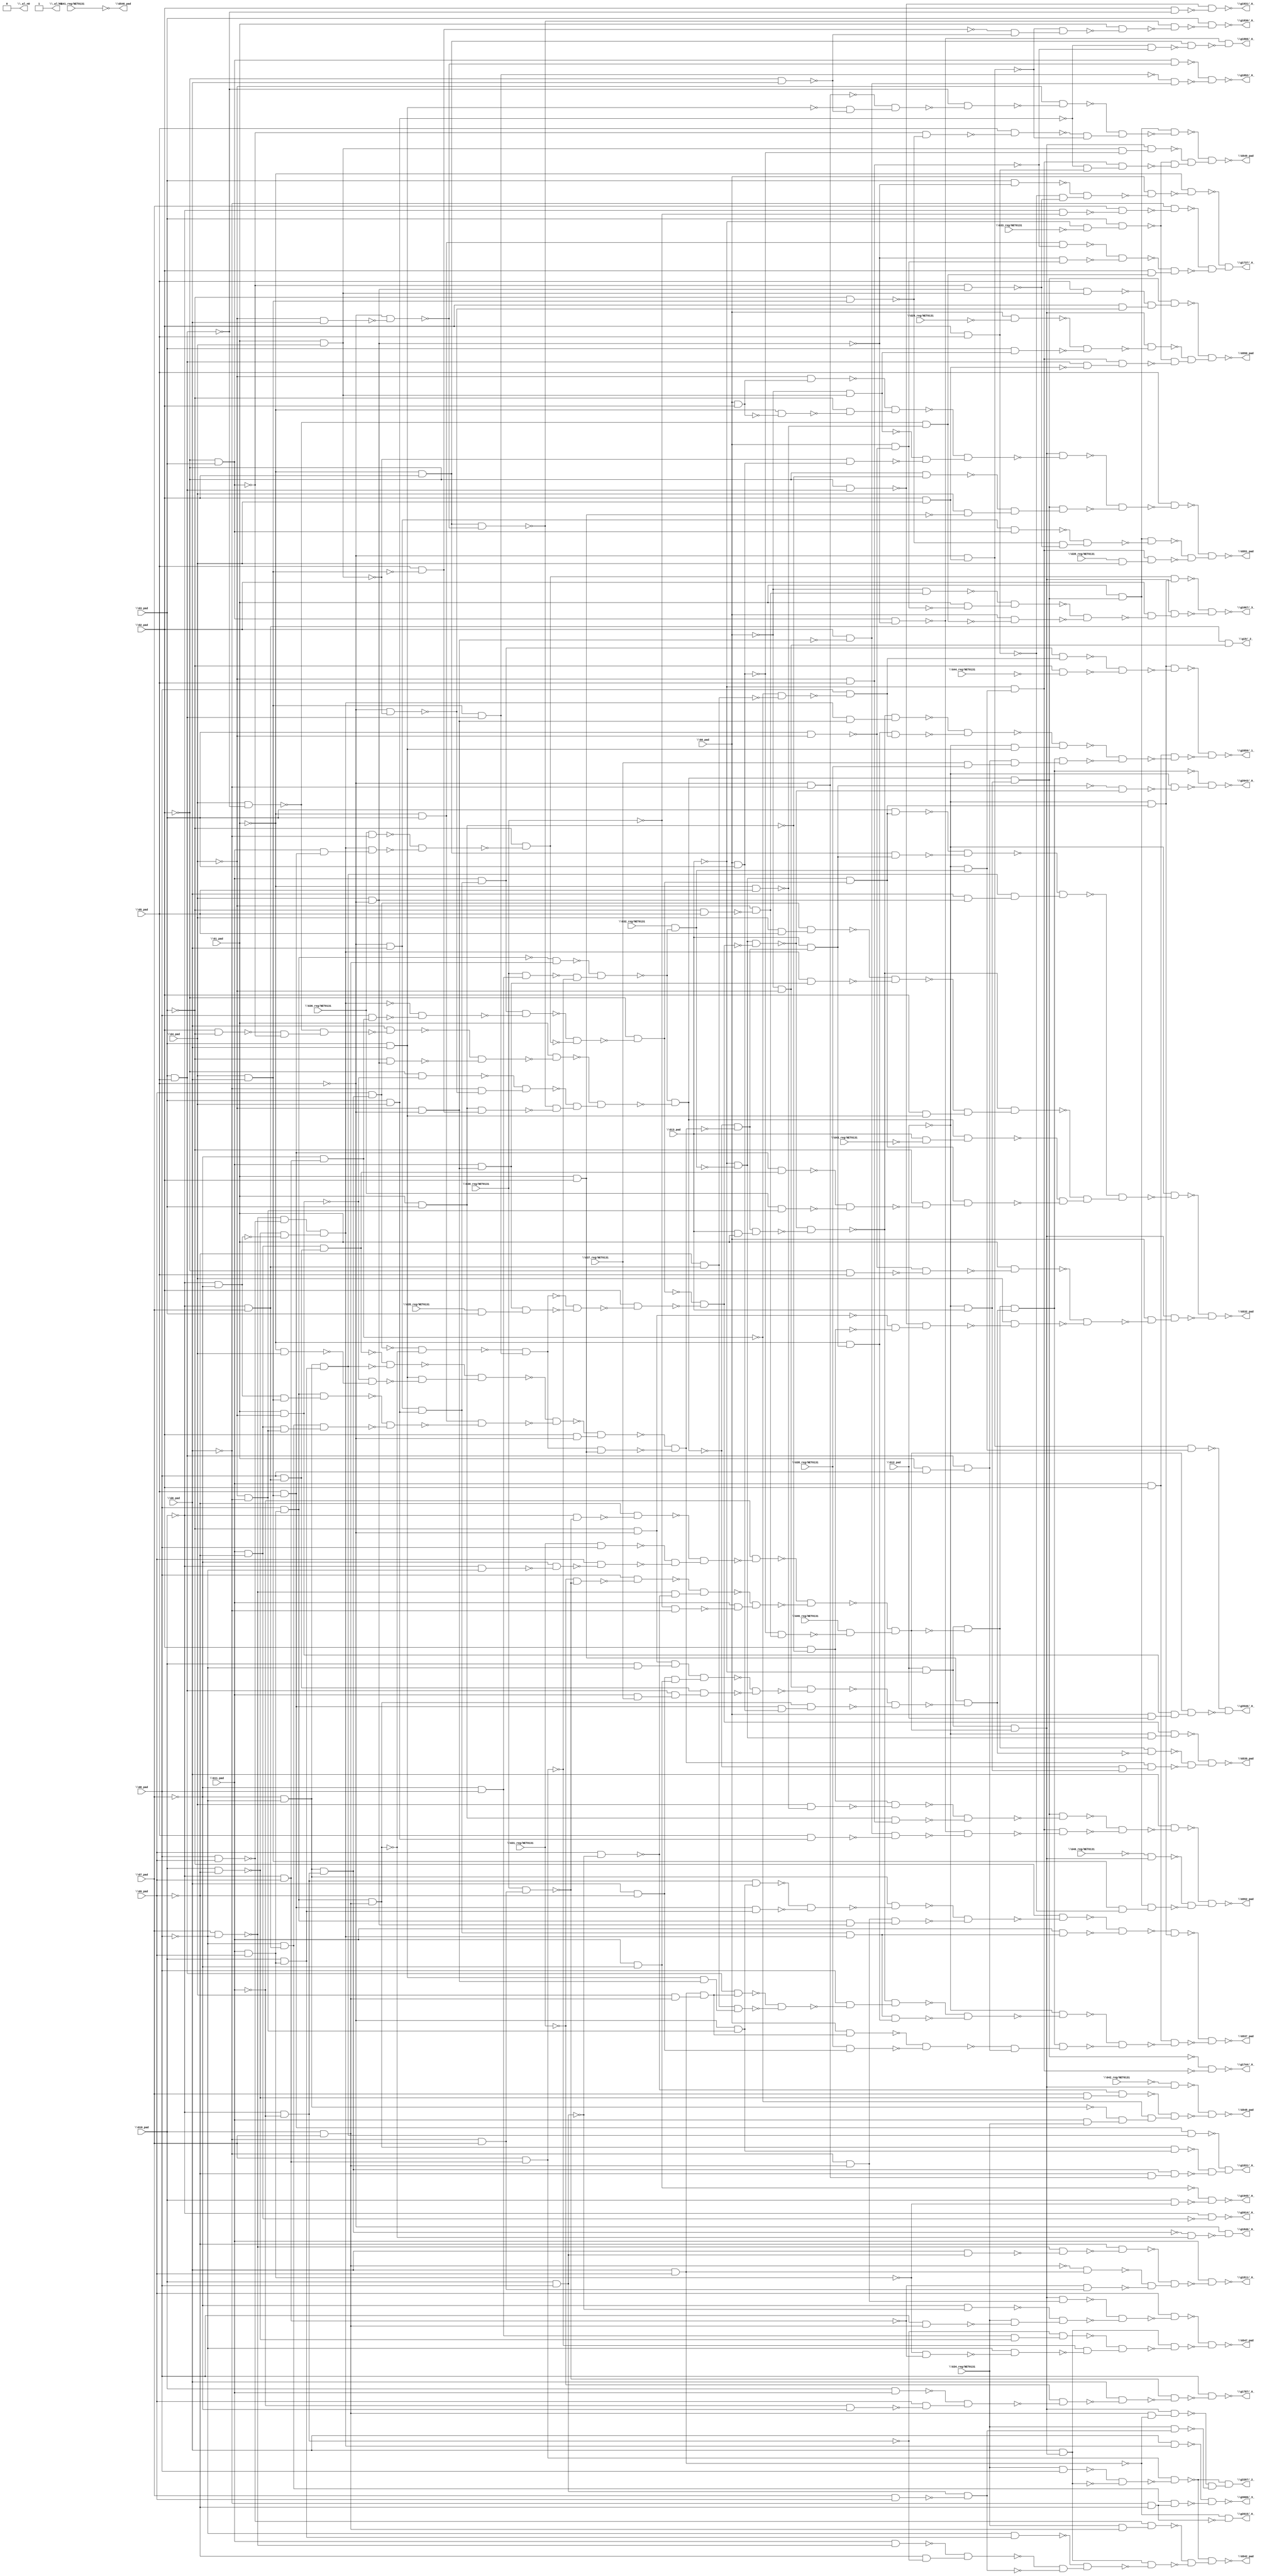
module top( \G0_pad  , \G10_pad  , \G11_pad  , \G12_pad  , \G13_pad  , \G1_pad  , \G29_reg/NET0131  , \G2_pad  , \G30_reg/NET0131  , \G31_reg/NET0131  , \G32_reg/NET0131  , \G33_reg/NET0131  , \G34_reg/NET0131  , \G35_reg/NET0131  , \G36_reg/NET0131  , \G37_reg/NET0131  , \G38_reg/NET0131  , \G39_reg/NET0131  , \G3_pad  , \G40_reg/NET0131  , \G41_reg/NET0131  , \G42_reg/NET0131  , \G43_reg/NET0131  , \G44_reg/NET0131  , \G46_reg/NET0131  , \G4_pad  , \G5_pad  , \G6_pad  , \G7_pad  , \G8_pad  , \G9_pad  , \G532_pad  , \G537_pad  , \G539_pad  , \G542_pad  , \G546_pad  , \G547_pad  , \G548_pad  , \G549_pad  , \G550_pad  , \G551_pad  , \G552_pad  , \_al_n0  , \_al_n1  , \g1667/_3_  , \g1737/_0_  , \g1744/_0_  , \g1787/_0_  , \g1811/_0_  , \g1830/_0_  , \g1831/_0_  , \g1846/_0_  , \g1852/_0_  , \g1866/_0_  , \g19/_2_  , \g1931/_0_  , \g1945/_0_  , \g2014/_0_  , \g2015/_0_  , \g2643/_0_  , \g2859/_1_  , \g3397/_2_  , \g3546/_0_  , \g3606/_3_  );
  input \G0_pad  ;
  input \G10_pad  ;
  input \G11_pad  ;
  input \G12_pad  ;
  input \G13_pad  ;
  input \G1_pad  ;
  input \G29_reg/NET0131  ;
  input \G2_pad  ;
  input \G30_reg/NET0131  ;
  input \G31_reg/NET0131  ;
  input \G32_reg/NET0131  ;
  input \G33_reg/NET0131  ;
  input \G34_reg/NET0131  ;
  input \G35_reg/NET0131  ;
  input \G36_reg/NET0131  ;
  input \G37_reg/NET0131  ;
  input \G38_reg/NET0131  ;
  input \G39_reg/NET0131  ;
  input \G3_pad  ;
  input \G40_reg/NET0131  ;
  input \G41_reg/NET0131  ;
  input \G42_reg/NET0131  ;
  input \G43_reg/NET0131  ;
  input \G44_reg/NET0131  ;
  input \G46_reg/NET0131  ;
  input \G4_pad  ;
  input \G5_pad  ;
  input \G6_pad  ;
  input \G7_pad  ;
  input \G8_pad  ;
  input \G9_pad  ;
  output \G532_pad  ;
  output \G537_pad  ;
  output \G539_pad  ;
  output \G542_pad  ;
  output \G546_pad  ;
  output \G547_pad  ;
  output \G548_pad  ;
  output \G549_pad  ;
  output \G550_pad  ;
  output \G551_pad  ;
  output \G552_pad  ;
  output \_al_n0  ;
  output \_al_n1  ;
  output \g1667/_3_  ;
  output \g1737/_0_  ;
  output \g1744/_0_  ;
  output \g1787/_0_  ;
  output \g1811/_0_  ;
  output \g1830/_0_  ;
  output \g1831/_0_  ;
  output \g1846/_0_  ;
  output \g1852/_0_  ;
  output \g1866/_0_  ;
  output \g19/_2_  ;
  output \g1931/_0_  ;
  output \g1945/_0_  ;
  output \g2014/_0_  ;
  output \g2015/_0_  ;
  output \g2643/_0_  ;
  output \g2859/_1_  ;
  output \g3397/_2_  ;
  output \g3546/_0_  ;
  output \g3606/_3_  ;
  wire n32 , n33 , n34 , n35 , n36 , n37 , n38 , n39 , n40 , n41 , n42 , n43 , n44 , n45 , n46 , n47 , n48 , n49 , n50 , n51 , n52 , n53 , n54 , n55 , n56 , n57 , n58 , n59 , n60 , n61 , n62 , n63 , n64 , n65 , n66 , n67 , n68 , n69 , n70 , n71 , n72 , n73 , n74 , n75 , n76 , n77 , n78 , n79 , n80 , n81 , n82 , n83 , n84 , n85 , n86 , n87 , n88 , n89 , n90 , n91 , n92 , n93 , n94 , n95 , n96 , n97 , n98 , n99 , n100 , n101 , n102 , n103 , n104 , n105 , n106 , n107 , n108 , n109 , n110 , n111 , n112 , n113 , n114 , n115 , n116 , n117 , n118 , n119 , n120 , n121 , n122 , n123 , n124 , n125 , n126 , n127 , n128 , n129 , n130 , n131 , n132 , n133 , n134 , n135 , n136 , n137 , n138 , n139 , n140 , n141 , n142 , n143 , n144 , n145 , n146 , n147 , n148 , n149 , n150 , n151 , n152 , n153 , n154 , n155 , n156 , n157 , n158 , n159 , n160 , n161 , n162 , n163 , n164 , n165 , n166 , n167 , n168 , n169 , n170 , n171 , n172 , n173 , n174 , n175 , n176 , n177 , n178 , n179 , n180 , n181 , n182 , n183 , n184 , n185 , n186 , n187 , n188 , n189 , n190 , n191 , n192 , n193 , n194 , n195 , n196 , n197 , n198 , n199 , n200 , n201 , n202 , n203 , n204 , n205 , n206 , n207 , n208 , n209 , n210 , n211 , n212 , n213 , n214 , n215 , n216 , n217 , n218 , n219 , n220 , n221 , n222 , n223 , n224 , n225 , n226 , n227 , n228 , n229 , n230 , n231 , n232 , n233 , n234 , n235 , n236 , n237 , n238 , n239 , n240 , n241 , n242 , n243 , n244 , n245 , n246 , n247 , n248 , n249 , n250 , n251 , n252 , n253 , n254 , n255 , n256 , n257 , n258 , n259 , n260 , n261 , n262 , n263 , n264 , n265 , n266 , n267 , n268 , n269 , n270 , n271 , n272 , n273 , n274 , n275 , n276 , n277 , n278 , n279 , n280 , n281 , n282 , n283 , n284 , n285 , n286 , n287 , n288 , n289 , n290 , n291 , n292 , n293 , n294 , n295 , n296 , n297 , n298 , n299 , n300 , n301 , n302 , n303 , n304 , n305 , n306 , n307 , n308 , n309 , n310 , n311 , n312 , n313 , n314 , n315 , n316 , n317 , n318 , n319 , n320 , n321 , n322 , n323 , n324 , n325 , n326 , n327 , n328 , n329 , n330 , n331 , n332 , n333 , n334 , n335 , n336 , n337 , n338 , n339 , n340 , n341 , n342 , n343 , n344 , n345 , n346 , n347 , n348 , n349 , n350 , n351 , n352 , n353 , n354 , n355 , n356 , n357 , n358 , n359 , n360 , n361 , n362 , n363 , n364 , n365 , n366 , n367 , n368 , n369 , n370 , n371 , n372 , n373 , n374 , n375 , n376 , n377 , n378 , n379 , n380 , n381 , n382 , n383 , n384 , n385 , n386 , n387 , n388 , n389 , n390 , n391 , n392 , n393 , n394 , n395 , n396 , n397 , n398 , n399 , n400 , n401 , n402 , n403 , n404 , n405 , n406 , n407 , n408 , n409 , n410 , n411 , n412 , n413 , n414 , n415 , n416 , n417 , n418 , n419 , n420 , n421 , n422 , n423 , n424 , n425 , n426 , n427 , n428 , n429 , n430 , n431 , n432 , n433 , n434 , n435 , n436 , n437 , n438 , n439 , n440 , n441 , n442 , n443 , n444 , n445 , n446 , n447 , n448 , n449 , n450 , n451 , n452 , n453 , n454 , n455 , n456 , n457 , n458 , n459 , n460 , n461 , n462 , n463 , n464 , n465 , n466 , n467 , n468 , n469 , n470 , n471 , n472 , n473 , n474 , n475 , n476 , n477 , n478 , n479 , n480 , n481 , n482 , n483 , n484 , n485 , n486 , n487 , n488 , n489 , n490 , n491 , n492 , n493 , n494 , n495 , n496 , n497 , n498 , n499 , n500 , n501 , n502 , n503 , n504 , n505 , n506 , n507 ;
  assign n34 = \G11_pad  & \G9_pad  ;
  assign n35 = \G8_pad  & n34 ;
  assign n36 = \G10_pad  & \G7_pad  ;
  assign n37 = ~n35 & n36 ;
  assign n32 = ~\G7_pad  & \G8_pad  ;
  assign n33 = \G30_reg/NET0131  & n32 ;
  assign n38 = ~\G10_pad  & \G9_pad  ;
  assign n39 = \G7_pad  & n38 ;
  assign n40 = ~n33 & ~n39 ;
  assign n41 = ~n37 & n40 ;
  assign n42 = \G32_reg/NET0131  & ~n41 ;
  assign n43 = ~\G13_pad  & ~n42 ;
  assign n44 = ~\G5_pad  & \G6_pad  ;
  assign n45 = \G3_pad  & \G4_pad  ;
  assign n46 = n44 & n45 ;
  assign n47 = \G11_pad  & n46 ;
  assign n48 = \G7_pad  & ~\G8_pad  ;
  assign n49 = \G8_pad  & \G9_pad  ;
  assign n52 = ~n48 & ~n49 ;
  assign n50 = \G10_pad  & ~\G9_pad  ;
  assign n51 = ~\G10_pad  & ~\G7_pad  ;
  assign n53 = ~n50 & ~n51 ;
  assign n54 = n52 & n53 ;
  assign n55 = ~\G7_pad  & n38 ;
  assign n56 = \G8_pad  & n55 ;
  assign n57 = ~n54 & ~n56 ;
  assign n58 = n47 & ~n57 ;
  assign n59 = \G36_reg/NET0131  & ~\G6_pad  ;
  assign n60 = \G4_pad  & \G6_pad  ;
  assign n61 = \G5_pad  & n60 ;
  assign n62 = \G11_pad  & n61 ;
  assign n63 = n54 & n62 ;
  assign n64 = ~n59 & ~n63 ;
  assign n65 = ~\G3_pad  & ~n64 ;
  assign n66 = ~n58 & ~n65 ;
  assign n67 = ~\G2_pad  & ~n66 ;
  assign n68 = n43 & n67 ;
  assign n69 = \G3_pad  & n68 ;
  assign n70 = ~\G1_pad  & \G2_pad  ;
  assign n71 = \G3_pad  & \G5_pad  ;
  assign n72 = \G4_pad  & ~n71 ;
  assign n73 = \G2_pad  & ~\G3_pad  ;
  assign n74 = ~\G2_pad  & \G3_pad  ;
  assign n75 = ~n73 & ~n74 ;
  assign n76 = ~n72 & n75 ;
  assign n77 = \G6_pad  & ~n76 ;
  assign n78 = \G4_pad  & ~\G5_pad  ;
  assign n79 = ~\G3_pad  & n78 ;
  assign n80 = ~n77 & ~n79 ;
  assign n81 = \G1_pad  & ~n80 ;
  assign n90 = \G1_pad  & ~\G4_pad  ;
  assign n91 = ~\G2_pad  & ~n90 ;
  assign n88 = \G1_pad  & \G4_pad  ;
  assign n89 = ~\G5_pad  & ~n88 ;
  assign n92 = ~\G6_pad  & ~n89 ;
  assign n93 = ~n91 & n92 ;
  assign n82 = ~\G4_pad  & \G6_pad  ;
  assign n83 = ~\G5_pad  & ~n82 ;
  assign n84 = n70 & ~n83 ;
  assign n85 = \G1_pad  & \G3_pad  ;
  assign n86 = \G5_pad  & ~n60 ;
  assign n87 = n85 & n86 ;
  assign n94 = ~n84 & ~n87 ;
  assign n95 = ~n93 & n94 ;
  assign n96 = ~n81 & n95 ;
  assign n97 = ~n41 & ~n96 ;
  assign n98 = \G11_pad  & ~\G9_pad  ;
  assign n99 = ~\G10_pad  & \G7_pad  ;
  assign n100 = \G8_pad  & n99 ;
  assign n101 = n98 & n100 ;
  assign n102 = ~\G7_pad  & ~\G8_pad  ;
  assign n103 = \G10_pad  & n34 ;
  assign n104 = n102 & n103 ;
  assign n105 = ~n101 & ~n104 ;
  assign n106 = \G3_pad  & \G6_pad  ;
  assign n107 = ~\G1_pad  & \G4_pad  ;
  assign n108 = ~n90 & ~n107 ;
  assign n109 = n106 & ~n108 ;
  assign n110 = ~n105 & n109 ;
  assign n111 = ~\G1_pad  & \G3_pad  ;
  assign n112 = n51 & n60 ;
  assign n113 = n35 & n112 ;
  assign n114 = ~\G8_pad  & n99 ;
  assign n115 = ~\G4_pad  & ~\G6_pad  ;
  assign n116 = n98 & n115 ;
  assign n117 = n114 & n116 ;
  assign n118 = ~n113 & ~n117 ;
  assign n119 = n111 & ~n118 ;
  assign n120 = ~n110 & ~n119 ;
  assign n121 = \G2_pad  & ~\G5_pad  ;
  assign n122 = ~n120 & n121 ;
  assign n123 = ~\G10_pad  & ~\G11_pad  ;
  assign n124 = n102 & n123 ;
  assign n125 = \G9_pad  & n124 ;
  assign n126 = n35 & n36 ;
  assign n127 = ~n125 & ~n126 ;
  assign n128 = n60 & n71 ;
  assign n129 = ~n127 & n128 ;
  assign n130 = \G1_pad  & \G2_pad  ;
  assign n131 = n129 & n130 ;
  assign n132 = ~n122 & ~n131 ;
  assign n133 = ~n97 & ~n132 ;
  assign n134 = \G13_pad  & n133 ;
  assign n135 = n70 & n134 ;
  assign n136 = ~n69 & ~n135 ;
  assign n137 = \G6_pad  & n78 ;
  assign n138 = n104 & n137 ;
  assign n139 = ~n136 & n138 ;
  assign n147 = ~\G4_pad  & ~\G5_pad  ;
  assign n148 = \G11_pad  & n147 ;
  assign n149 = \G35_reg/NET0131  & \G3_pad  ;
  assign n150 = n148 & n149 ;
  assign n151 = ~n129 & ~n150 ;
  assign n152 = \G2_pad  & ~n151 ;
  assign n153 = ~n67 & ~n152 ;
  assign n154 = n43 & ~n153 ;
  assign n155 = \G13_pad  & \G1_pad  ;
  assign n156 = n133 & n155 ;
  assign n157 = ~n154 & ~n156 ;
  assign n158 = \G4_pad  & \G5_pad  ;
  assign n159 = n125 & n158 ;
  assign n160 = n54 & n148 ;
  assign n161 = ~n159 & ~n160 ;
  assign n162 = \G2_pad  & n106 ;
  assign n163 = ~n161 & n162 ;
  assign n164 = ~n157 & n163 ;
  assign n140 = \G13_pad  & ~\G43_reg/NET0131  ;
  assign n141 = n97 & n140 ;
  assign n142 = n61 & n101 ;
  assign n143 = \G36_reg/NET0131  & n115 ;
  assign n144 = ~n142 & ~n143 ;
  assign n145 = ~\G3_pad  & ~n144 ;
  assign n146 = n68 & n145 ;
  assign n165 = ~n141 & ~n146 ;
  assign n166 = ~n164 & n165 ;
  assign n167 = ~n139 & n166 ;
  assign n168 = ~\G12_pad  & ~n167 ;
  assign n169 = \G12_pad  & ~\G13_pad  ;
  assign n178 = ~\G6_pad  & \G7_pad  ;
  assign n179 = \G30_reg/NET0131  & n178 ;
  assign n180 = ~\G10_pad  & ~n179 ;
  assign n181 = ~\G9_pad  & ~n180 ;
  assign n174 = \G31_reg/NET0131  & \G8_pad  ;
  assign n175 = ~\G10_pad  & ~\G8_pad  ;
  assign n176 = ~\G7_pad  & ~n175 ;
  assign n177 = \G9_pad  & ~n176 ;
  assign n182 = ~n174 & ~n177 ;
  assign n183 = ~n181 & n182 ;
  assign n184 = ~\G11_pad  & ~n183 ;
  assign n186 = ~\G31_reg/NET0131  & ~n179 ;
  assign n187 = \G8_pad  & ~n186 ;
  assign n188 = \G10_pad  & \G8_pad  ;
  assign n189 = \G9_pad  & ~n188 ;
  assign n190 = ~n48 & ~n189 ;
  assign n191 = ~n187 & n190 ;
  assign n185 = ~\G30_reg/NET0131  & ~\G6_pad  ;
  assign n192 = \G11_pad  & ~n185 ;
  assign n193 = ~n191 & n192 ;
  assign n194 = ~n184 & ~n193 ;
  assign n170 = \G0_pad  & \G3_pad  ;
  assign n171 = ~\G3_pad  & \G5_pad  ;
  assign n172 = ~\G4_pad  & ~n171 ;
  assign n173 = ~n170 & n172 ;
  assign n195 = \G46_reg/NET0131  & ~n173 ;
  assign n196 = ~n194 & n195 ;
  assign n197 = n169 & n196 ;
  assign n198 = \G3_pad  & ~\G4_pad  ;
  assign n199 = ~\G2_pad  & \G5_pad  ;
  assign n200 = ~n198 & ~n199 ;
  assign n201 = \G1_pad  & ~n200 ;
  assign n204 = ~\G2_pad  & n71 ;
  assign n202 = ~\G3_pad  & ~\G5_pad  ;
  assign n203 = \G2_pad  & ~n85 ;
  assign n205 = ~n202 & ~n203 ;
  assign n206 = ~n204 & n205 ;
  assign n207 = \G4_pad  & ~n206 ;
  assign n208 = ~n201 & ~n207 ;
  assign n209 = \G0_pad  & ~n208 ;
  assign n210 = n197 & n209 ;
  assign n211 = ~n168 & ~n210 ;
  assign n212 = ~\G5_pad  & n115 ;
  assign n213 = n123 & n212 ;
  assign n214 = n61 & n103 ;
  assign n215 = ~n213 & ~n214 ;
  assign n216 = n102 & ~n215 ;
  assign n217 = ~\G6_pad  & n36 ;
  assign n218 = n35 & n78 ;
  assign n219 = n217 & n218 ;
  assign n220 = ~n216 & ~n219 ;
  assign n221 = ~\G3_pad  & ~n220 ;
  assign n222 = n46 & n54 ;
  assign n223 = \G11_pad  & n222 ;
  assign n224 = ~n221 & ~n223 ;
  assign n225 = ~\G12_pad  & n68 ;
  assign n226 = ~n224 & n225 ;
  assign n227 = \G11_pad  & \G2_pad  ;
  assign n228 = \G6_pad  & \G9_pad  ;
  assign n229 = \G4_pad  & n36 ;
  assign n230 = n228 & n229 ;
  assign n231 = n71 & n230 ;
  assign n232 = ~\G9_pad  & n99 ;
  assign n233 = n106 & n147 ;
  assign n234 = n232 & n233 ;
  assign n235 = ~n231 & ~n234 ;
  assign n236 = \G8_pad  & ~n235 ;
  assign n237 = ~n157 & n236 ;
  assign n238 = ~\G1_pad  & n134 ;
  assign n239 = n222 & n238 ;
  assign n240 = ~n237 & ~n239 ;
  assign n241 = ~\G12_pad  & ~n240 ;
  assign n242 = n169 & ~n196 ;
  assign n243 = ~\G0_pad  & ~\G4_pad  ;
  assign n246 = \G10_pad  & ~\G8_pad  ;
  assign n247 = n202 & n246 ;
  assign n244 = \G6_pad  & ~\G9_pad  ;
  assign n245 = \G11_pad  & ~\G7_pad  ;
  assign n248 = n244 & n245 ;
  assign n249 = n247 & n248 ;
  assign n250 = \G11_pad  & \G37_reg/NET0131  ;
  assign n251 = n71 & n250 ;
  assign n252 = n100 & n251 ;
  assign n253 = ~n249 & ~n252 ;
  assign n254 = n243 & ~n253 ;
  assign n255 = n61 & n170 ;
  assign n256 = n126 & n255 ;
  assign n257 = ~n254 & ~n256 ;
  assign n258 = n130 & ~n257 ;
  assign n259 = n242 & n258 ;
  assign n260 = \G0_pad  & n230 ;
  assign n261 = \G38_reg/NET0131  & n244 ;
  assign n262 = ~n260 & ~n261 ;
  assign n263 = \G1_pad  & \G8_pad  ;
  assign n264 = n71 & n263 ;
  assign n265 = ~n262 & n264 ;
  assign n266 = n259 & n265 ;
  assign n267 = ~n241 & ~n266 ;
  assign n268 = n227 & ~n267 ;
  assign n269 = ~n226 & ~n268 ;
  assign n274 = ~\G12_pad  & n43 ;
  assign n275 = n153 & n274 ;
  assign n270 = n242 & ~n258 ;
  assign n271 = ~\G12_pad  & \G13_pad  ;
  assign n272 = ~n97 & n271 ;
  assign n273 = n132 & n272 ;
  assign n276 = ~n270 & ~n273 ;
  assign n277 = ~n275 & n276 ;
  assign n280 = \G34_reg/NET0131  & \G8_pad  ;
  assign n281 = \G6_pad  & n197 ;
  assign n282 = ~n280 & ~n281 ;
  assign n283 = n39 & ~n282 ;
  assign n278 = \G34_reg/NET0131  & n36 ;
  assign n279 = ~n49 & n278 ;
  assign n289 = ~\G8_pad  & n103 ;
  assign n284 = \G11_pad  & ~n48 ;
  assign n285 = ~\G9_pad  & ~n123 ;
  assign n286 = ~n284 & n285 ;
  assign n287 = \G7_pad  & \G9_pad  ;
  assign n288 = n188 & ~n287 ;
  assign n290 = ~n286 & ~n288 ;
  assign n291 = ~n289 & n290 ;
  assign n292 = n281 & ~n291 ;
  assign n293 = ~n279 & ~n292 ;
  assign n294 = ~n283 & n293 ;
  assign n295 = n197 & n217 ;
  assign n297 = ~\G7_pad  & ~n188 ;
  assign n296 = \G8_pad  & n36 ;
  assign n298 = \G34_reg/NET0131  & ~n296 ;
  assign n299 = ~n297 & n298 ;
  assign n300 = ~n295 & ~n299 ;
  assign n301 = \G9_pad  & ~n300 ;
  assign n304 = n32 & ~n50 ;
  assign n305 = ~n123 & n304 ;
  assign n302 = ~n34 & ~n38 ;
  assign n303 = ~\G8_pad  & ~n302 ;
  assign n306 = ~n39 & ~n303 ;
  assign n307 = ~n305 & n306 ;
  assign n308 = n281 & ~n307 ;
  assign n309 = ~n301 & ~n308 ;
  assign n310 = ~\G42_reg/NET0131  & n197 ;
  assign n311 = \G7_pad  & ~n50 ;
  assign n312 = ~n189 & n311 ;
  assign n313 = \G11_pad  & \G34_reg/NET0131  ;
  assign n314 = ~n102 & n313 ;
  assign n315 = ~n55 & n314 ;
  assign n316 = ~n312 & n315 ;
  assign n317 = ~n310 & ~n316 ;
  assign n318 = n97 & n271 ;
  assign n319 = \G1_pad  & n318 ;
  assign n326 = ~\G5_pad  & ~\G6_pad  ;
  assign n325 = ~\G2_pad  & \G6_pad  ;
  assign n327 = ~n106 & ~n325 ;
  assign n328 = ~n326 & n327 ;
  assign n329 = ~n71 & ~n328 ;
  assign n330 = ~\G4_pad  & ~n329 ;
  assign n320 = ~\G3_pad  & n60 ;
  assign n321 = ~n74 & ~n320 ;
  assign n322 = \G5_pad  & ~n321 ;
  assign n323 = \G2_pad  & \G4_pad  ;
  assign n324 = ~\G5_pad  & n323 ;
  assign n331 = ~n322 & ~n324 ;
  assign n332 = ~n330 & n331 ;
  assign n333 = n319 & ~n332 ;
  assign n334 = n88 & ~n170 ;
  assign n335 = n197 & n334 ;
  assign n336 = ~\G13_pad  & ~\G33_reg/NET0131  ;
  assign n337 = \G3_pad  & n336 ;
  assign n339 = ~\G12_pad  & n42 ;
  assign n340 = ~\G13_pad  & n339 ;
  assign n338 = \G2_pad  & \G5_pad  ;
  assign n341 = ~n45 & n338 ;
  assign n342 = n340 & n341 ;
  assign n343 = ~n337 & ~n342 ;
  assign n344 = ~n335 & n343 ;
  assign n345 = ~n333 & n344 ;
  assign n353 = \G5_pad  & n88 ;
  assign n354 = \G2_pad  & ~n89 ;
  assign n355 = ~n353 & n354 ;
  assign n356 = n318 & n355 ;
  assign n346 = \G0_pad  & ~\G29_reg/NET0131  ;
  assign n347 = ~\G0_pad  & n88 ;
  assign n348 = \G3_pad  & n347 ;
  assign n349 = ~n346 & ~n348 ;
  assign n350 = n197 & ~n349 ;
  assign n351 = n71 & ~n323 ;
  assign n352 = n340 & n351 ;
  assign n357 = ~n337 & ~n352 ;
  assign n358 = ~n350 & n357 ;
  assign n359 = ~n356 & n358 ;
  assign n361 = \G0_pad  & \G2_pad  ;
  assign n363 = ~\G4_pad  & n361 ;
  assign n362 = ~\G1_pad  & ~n361 ;
  assign n364 = ~\G3_pad  & ~n362 ;
  assign n365 = ~n363 & n364 ;
  assign n360 = ~n88 & n170 ;
  assign n366 = ~n347 & ~n360 ;
  assign n367 = ~n365 & n366 ;
  assign n368 = n197 & ~n367 ;
  assign n369 = ~\G2_pad  & ~n85 ;
  assign n370 = \G4_pad  & ~n130 ;
  assign n371 = ~n369 & n370 ;
  assign n372 = n318 & n371 ;
  assign n373 = ~n368 & ~n372 ;
  assign n374 = \G5_pad  & ~n373 ;
  assign n376 = n44 & n74 ;
  assign n375 = ~n74 & n78 ;
  assign n377 = ~n320 & ~n375 ;
  assign n378 = ~n376 & n377 ;
  assign n379 = n319 & ~n378 ;
  assign n380 = \G39_reg/NET0131  & \G4_pad  ;
  assign n381 = n340 & n380 ;
  assign n382 = ~n379 & ~n381 ;
  assign n383 = ~n374 & n382 ;
  assign n384 = ~\G1_pad  & \G5_pad  ;
  assign n385 = \G4_pad  & ~n384 ;
  assign n386 = n203 & ~n385 ;
  assign n387 = ~\G4_pad  & \G5_pad  ;
  assign n388 = n85 & n387 ;
  assign n389 = ~n386 & ~n388 ;
  assign n390 = n318 & ~n389 ;
  assign n391 = n74 & ~n78 ;
  assign n392 = \G2_pad  & ~n147 ;
  assign n393 = \G5_pad  & n45 ;
  assign n394 = n392 & ~n393 ;
  assign n395 = ~n391 & ~n394 ;
  assign n396 = n340 & ~n395 ;
  assign n397 = ~n390 & ~n396 ;
  assign n398 = \G6_pad  & ~n397 ;
  assign n399 = ~\G40_reg/NET0131  & n197 ;
  assign n400 = n60 & ~n338 ;
  assign n401 = n319 & n400 ;
  assign n402 = ~n399 & ~n401 ;
  assign n403 = ~n398 & n402 ;
  assign n404 = n65 & n225 ;
  assign n406 = ~\G0_pad  & n172 ;
  assign n405 = \G0_pad  & ~n198 ;
  assign n407 = \G1_pad  & ~n405 ;
  assign n408 = ~n406 & n407 ;
  assign n409 = ~n72 & ~n384 ;
  assign n410 = \G0_pad  & ~n409 ;
  assign n411 = ~n408 & ~n410 ;
  assign n412 = \G2_pad  & ~n411 ;
  assign n413 = n197 & n412 ;
  assign n414 = ~n404 & ~n413 ;
  assign n415 = \G3_pad  & ~n78 ;
  assign n416 = ~n338 & ~n375 ;
  assign n417 = ~n415 & n416 ;
  assign n418 = \G0_pad  & ~n417 ;
  assign n419 = ~\G1_pad  & ~n418 ;
  assign n420 = ~\G10_pad  & ~\G30_reg/NET0131  ;
  assign n421 = \G7_pad  & ~n420 ;
  assign n422 = ~\G6_pad  & ~n421 ;
  assign n423 = n111 & ~n387 ;
  assign n424 = ~n78 & n405 ;
  assign n425 = ~n423 & ~n424 ;
  assign n426 = \G2_pad  & n409 ;
  assign n427 = ~n425 & n426 ;
  assign n428 = ~n422 & ~n427 ;
  assign n429 = ~n419 & n428 ;
  assign n430 = ~n318 & ~n340 ;
  assign n432 = \G10_pad  & \G11_pad  ;
  assign n431 = ~\G11_pad  & ~\G7_pad  ;
  assign n433 = \G9_pad  & ~n431 ;
  assign n434 = ~n432 & n433 ;
  assign n435 = ~\G31_reg/NET0131  & ~n434 ;
  assign n436 = \G6_pad  & ~n435 ;
  assign n437 = ~n179 & ~n436 ;
  assign n438 = \G8_pad  & ~n437 ;
  assign n440 = \G6_pad  & n188 ;
  assign n441 = ~n48 & ~n440 ;
  assign n442 = ~\G9_pad  & ~n441 ;
  assign n439 = ~n36 & n228 ;
  assign n443 = ~n38 & n178 ;
  assign n444 = ~n439 & ~n443 ;
  assign n445 = ~n442 & n444 ;
  assign n446 = \G11_pad  & ~n445 ;
  assign n447 = ~n86 & ~n325 ;
  assign n448 = ~n324 & n447 ;
  assign n449 = \G1_pad  & ~n448 ;
  assign n450 = ~n84 & ~n449 ;
  assign n451 = \G3_pad  & ~n450 ;
  assign n453 = n61 & n104 ;
  assign n452 = n126 & n212 ;
  assign n454 = ~\G9_pad  & n326 ;
  assign n455 = n124 & n454 ;
  assign n456 = ~n452 & ~n455 ;
  assign n457 = ~n453 & n456 ;
  assign n458 = ~n124 & ~n126 ;
  assign n459 = ~\G5_pad  & ~n458 ;
  assign n460 = n74 & ~n83 ;
  assign n461 = ~n128 & n392 ;
  assign n462 = ~n460 & ~n461 ;
  assign n463 = ~n45 & ~n387 ;
  assign n464 = n70 & ~n463 ;
  assign n465 = ~n391 & ~n464 ;
  assign n466 = n99 & n243 ;
  assign n467 = \G2_pad  & ~n71 ;
  assign n468 = ~n204 & ~n467 ;
  assign n469 = \G10_pad  & ~n34 ;
  assign n470 = ~n245 & ~n469 ;
  assign n471 = ~\G10_pad  & ~n98 ;
  assign n472 = ~\G6_pad  & ~\G9_pad  ;
  assign n473 = ~n228 & ~n472 ;
  assign n474 = ~n134 & ~n154 ;
  assign n475 = ~\G12_pad  & ~n474 ;
  assign n476 = ~n259 & ~n475 ;
  assign n477 = ~n55 & ~n232 ;
  assign n478 = \G8_pad  & ~n477 ;
  assign n479 = n47 & n478 ;
  assign n480 = ~\G3_pad  & ~\G44_reg/NET0131  ;
  assign n481 = ~n479 & ~n480 ;
  assign n482 = n225 & ~n481 ;
  assign n483 = n54 & n147 ;
  assign n484 = ~n157 & n483 ;
  assign n485 = n238 & n478 ;
  assign n486 = ~n484 & ~n485 ;
  assign n487 = ~\G12_pad  & n106 ;
  assign n488 = ~n486 & n487 ;
  assign n489 = \G37_reg/NET0131  & \G38_reg/NET0131  ;
  assign n490 = n264 & n489 ;
  assign n491 = n259 & n490 ;
  assign n492 = ~n488 & ~n491 ;
  assign n493 = n227 & ~n492 ;
  assign n494 = ~n482 & ~n493 ;
  assign n495 = n36 & ~n228 ;
  assign n496 = n197 & n495 ;
  assign n497 = \G34_reg/NET0131  & n288 ;
  assign n498 = ~n496 & ~n497 ;
  assign n499 = ~n283 & n498 ;
  assign n500 = n324 & n339 ;
  assign n501 = \G0_pad  & \G12_pad  ;
  assign n502 = n90 & n501 ;
  assign n503 = n196 & n502 ;
  assign n504 = ~n500 & ~n503 ;
  assign n505 = \G6_pad  & n54 ;
  assign n506 = n114 & n472 ;
  assign n507 = ~n505 & ~n506 ;
  assign \G532_pad  = ~n211 ;
  assign \G537_pad  = ~n269 ;
  assign \G539_pad  = ~n277 ;
  assign \G542_pad  = ~n294 ;
  assign \G546_pad  = ~\G41_reg/NET0131  ;
  assign \G547_pad  = ~n309 ;
  assign \G548_pad  = ~n317 ;
  assign \G549_pad  = ~n345 ;
  assign \G550_pad  = ~n359 ;
  assign \G551_pad  = ~n383 ;
  assign \G552_pad  = ~n403 ;
  assign \_al_n0  = 1'b0 ;
  assign \_al_n1  = ~1'b0 ;
  assign \g1667/_3_  = ~n414 ;
  assign \g1737/_0_  = n429 ;
  assign \g1744/_0_  = ~n430 ;
  assign \g1787/_0_  = ~n438 ;
  assign \g1811/_0_  = ~n446 ;
  assign \g1830/_0_  = ~n451 ;
  assign \g1831/_0_  = n457 ;
  assign \g1846/_0_  = n459 ;
  assign \g1852/_0_  = ~n462 ;
  assign \g1866/_0_  = n465 ;
  assign \g19/_2_  = n466 ;
  assign \g1931/_0_  = ~n468 ;
  assign \g1945/_0_  = ~n470 ;
  assign \g2014/_0_  = ~n471 ;
  assign \g2015/_0_  = n473 ;
  assign \g2643/_0_  = ~n476 ;
  assign \g2859/_1_  = ~n494 ;
  assign \g3397/_2_  = n499 ;
  assign \g3546/_0_  = n504 ;
  assign \g3606/_3_  = ~n507 ;
endmodule